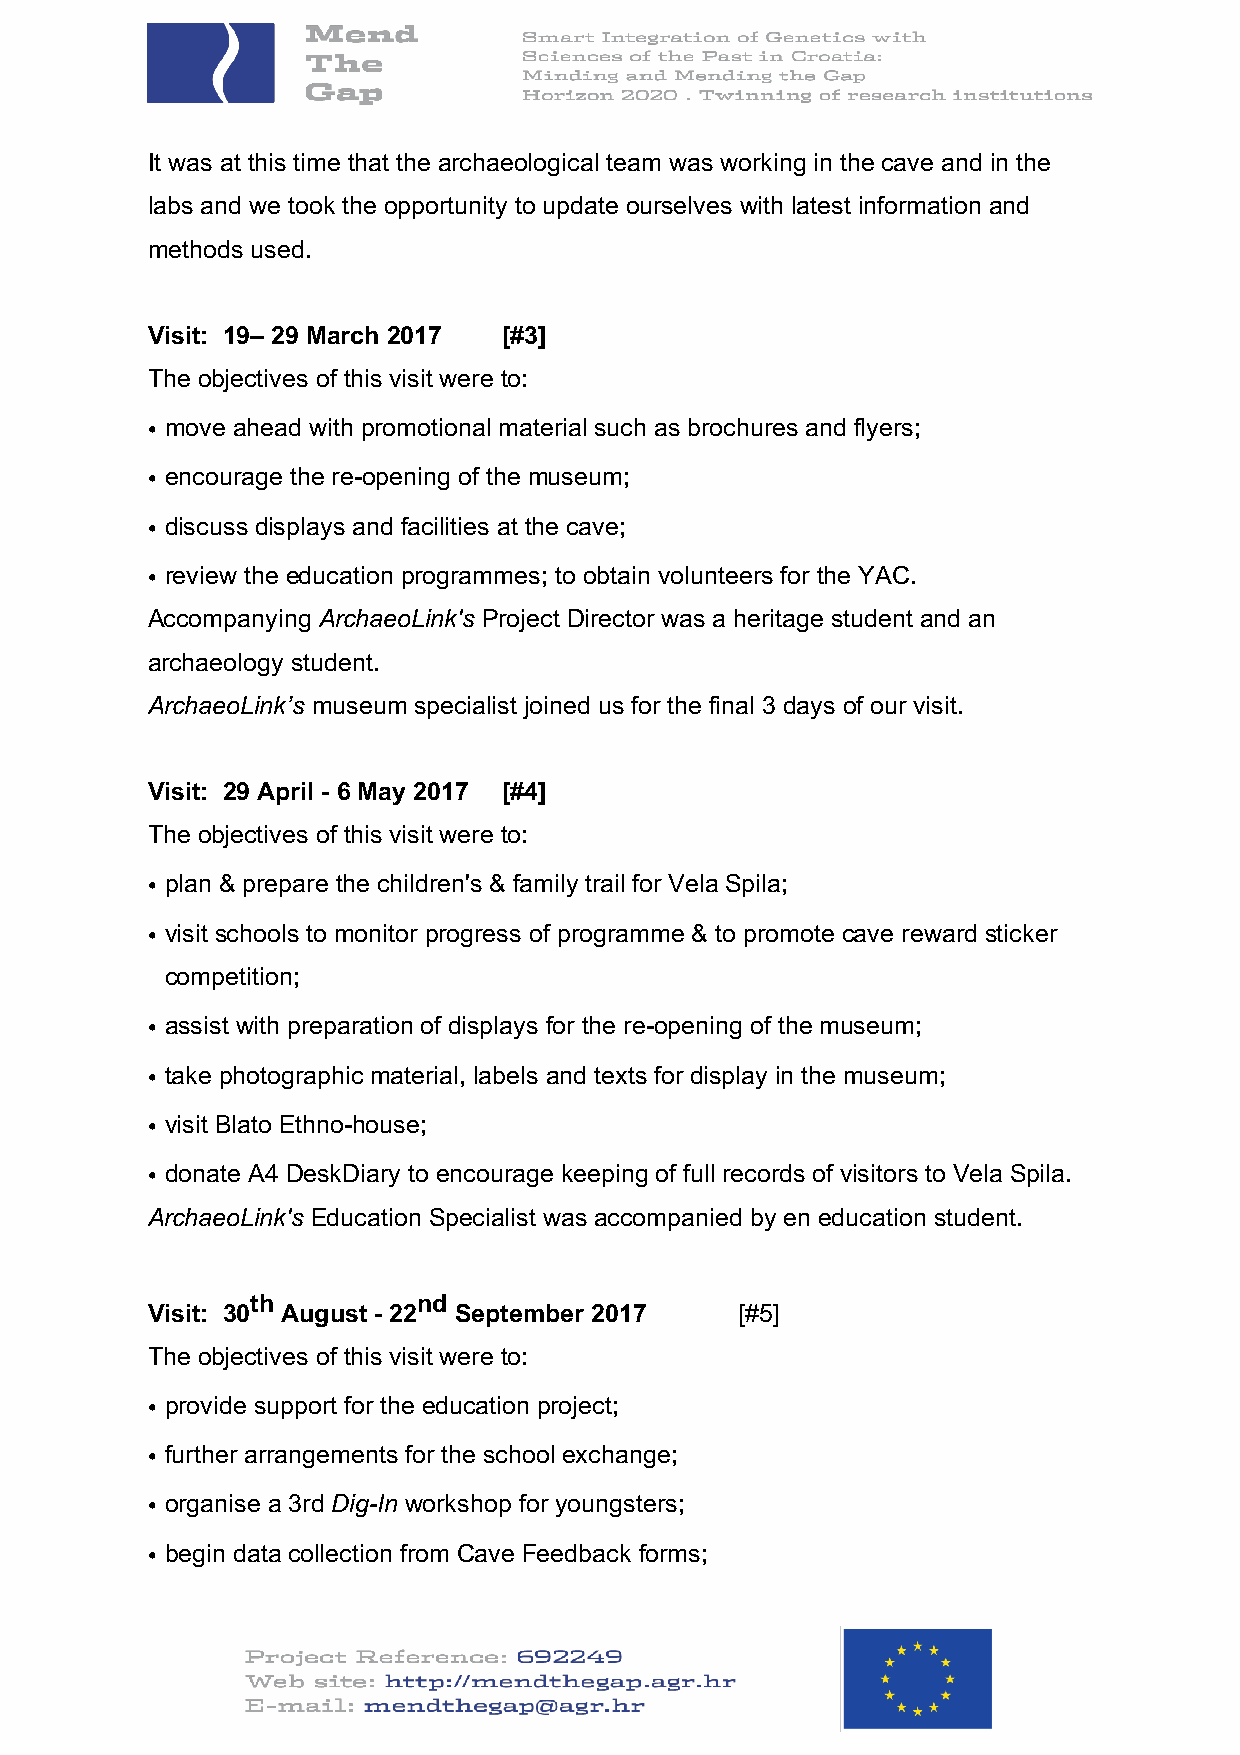
It was at this time that the archaeological team was working in the cave and in the
 labs and we took the opportunity to update ourselves with latest information and
 methods used.
 Visit: 19– 29 March 2017 [#3]
 The objectives of this visit were to:
 • move ahead with promotional material such as brochures and flyers;
 • encourage the re-opening of the museum;
 • discuss displays and facilities at the cave;
 • review the education programmes; to obtain volunteers for the YAC.
 Accompanying ArchaeoLink's Project Director was a heritage student and an
 archaeology student.
 ArchaeoLink’s museum specialist joined us for the final 3 days of our visit.
 Visit: 29 April - 6 May 2017 [#4]
 The objectives of this visit were to:
 • plan & prepare the children's & family trail for Vela Spila;
 • visit schools to monitor progress of programme & to promote cave reward sticker
 competition;
 • assist with preparation of displays for the re-opening of the museum;
 • take photographic material, labels and texts for display in the museum;
 • visit Blato Ethno-house;
 • donate A4 DeskDiary to encourage keeping of full records of visitors to Vela Spila.
 ArchaeoLink's Education Specialist was accompanied by en education student.
 th         nd
 Visit: 30 August - 22 September 2017   [#5]
 The objectives of this visit were to:
 • provide support for the education project;
 • further arrangements for the school exchange;
 • organise a 3rd Dig-In workshop for youngsters;
 • begin data collection from Cave Feedback forms;